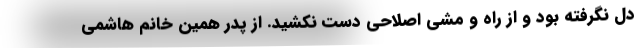
دل نگرفته بود و از راه و مشی اصلاحی دست نکشید. از پدر همین خانم هاشمی